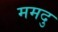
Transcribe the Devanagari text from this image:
ममदु